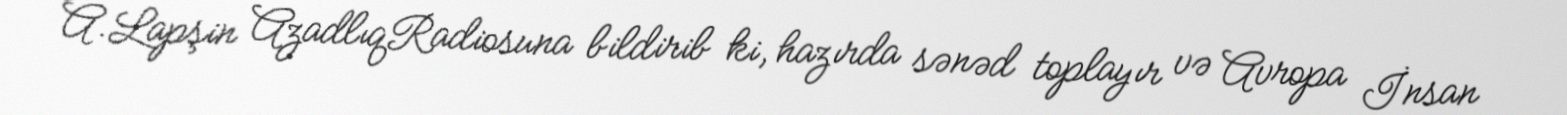
A.Lapşin AzadlıqRadiosuna bildirib ki, hazırda sənəd toplayır və Avropa İnsan